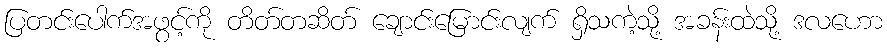
ပြတင်းပေါက်အဖွင့်ကို တိတ်တဆိတ် ချောင်းမြောင်းလျက် ရှိသကဲ့သို့ အခန်းထဲသို့ ဒလဟော